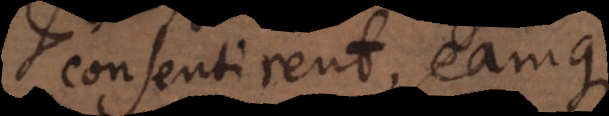
consentirent, eamque